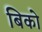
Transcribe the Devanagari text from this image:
बिको